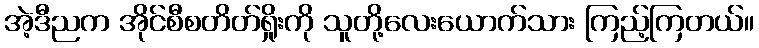
အဲ့ဒီညက အိုင်စီစတိတ်ရှိုးကို သူတို့လေးယောက်သား ကြည့်ကြတယ်။